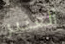
العنبر